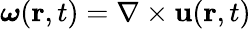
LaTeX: {\boldsymbol\omega}({\mathbf r},t)=\nabla\times{\mathbf u}({\mathbf r},t)